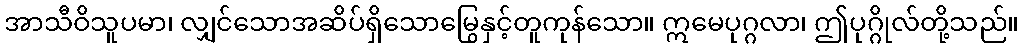
အာသီဝိသူပမာ၊ လျှင်သောအဆိပ်ရှိသောမြွေနှင့်တူကုန်သော။ ဣမေပုဂ္ဂလာ၊ ဤပုဂ္ဂိုလ်တို့သည်။